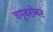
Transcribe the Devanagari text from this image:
चमूबरोबर